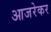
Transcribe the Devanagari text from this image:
आजरेकर